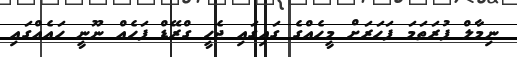
ނިމާލް ފުރަތަމަ ފަހަރަށް މީހެއްގެ ގައިގައި ޖެހީ ގްރޭޑް ފަހެއް ނޫނީ ހައެއްގައި